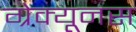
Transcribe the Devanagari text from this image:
ग्रेक्यूनस